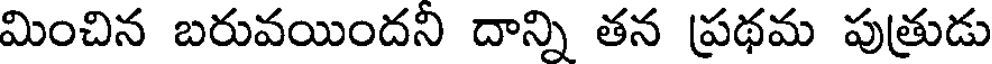
మించిన బరువయిందని దాన్ని తన ప్రథమ పుత్రుడు